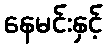
နေမင်းနှင့်